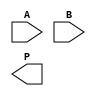
module dadda_multiplier #(parameter N = 4) (
    input  [N-1:0] A,
    input  [N-1:0] B,
    output [2*N-1:0] P
);
    
    // Step 1: Generate Partial Products
    wire [N-1:0] pp [0:N-1];  // Partial products
    genvar i, j;
    
    generate 
        for (i = 0; i < N; i = i + 1) begin : pp_gen
            assign pp[i] = A & {N{B[i]}};
        end
    endgenerate 
    
    // Step 2: Reduction tree
    // Stage 1
    wire [N:0] sum1 [0:N/3];  // Intermediate sums for stage 1
    wire [N:0] carry1 [0:N/3]; // Carry bits for stage 1
    wire [N:0] sum2 [0:N/6];  // Intermediate sums for stage 2
    wire [N:0] carry2 [0:N/6]; // Carry bits for stage 2
    
    // Initial assignment for stage 1
    generate
        for (i = 0; i < N; i = i + 1) begin : stage1
            if (i % 3 == 0 && i + 2 < N) begin
                assign sum1[i/3] = pp[i][0] + pp[i+1][0] + pp[i+2][0];
                assign carry1[i/3] = (pp[i][0] + pp[i+1][0] + pp[i+2][0]) >> 1;
            end
        end
    endgenerate
    
    // Stage 2
    generate
        for (i = 0; i < (N/3); i = i + 1) begin : stage2
            if (i % 2 == 0 && (i + 1) < (N/3)) begin
                assign sum2[i/2] = sum1[i] + sum1[i+1] + carry1[i];
                assign carry2[i/2] = (sum1[i] + sum1[i+1] + carry1[i]) >> 1;
            end
        end
    endgenerate
    
    // Final stage addition
    wire [2*N-1:0] final_sum;
    wire [2*N-1:0] final_carry;

    assign final_sum = sum2[0] + sum2[1] + carry2[0];
    assign final_carry = (sum2[0] + sum2[1] + carry2[0]) >> 1;

    // Step 3: Output generation
    assign P = {final_carry[N:0], final_sum[N-1:0]};

endmodule